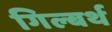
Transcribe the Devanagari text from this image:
गिल्बर्थ